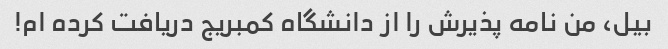
بیل، من نامه پذیرش را از دانشگاه کمبریج دریافت کرده ام!